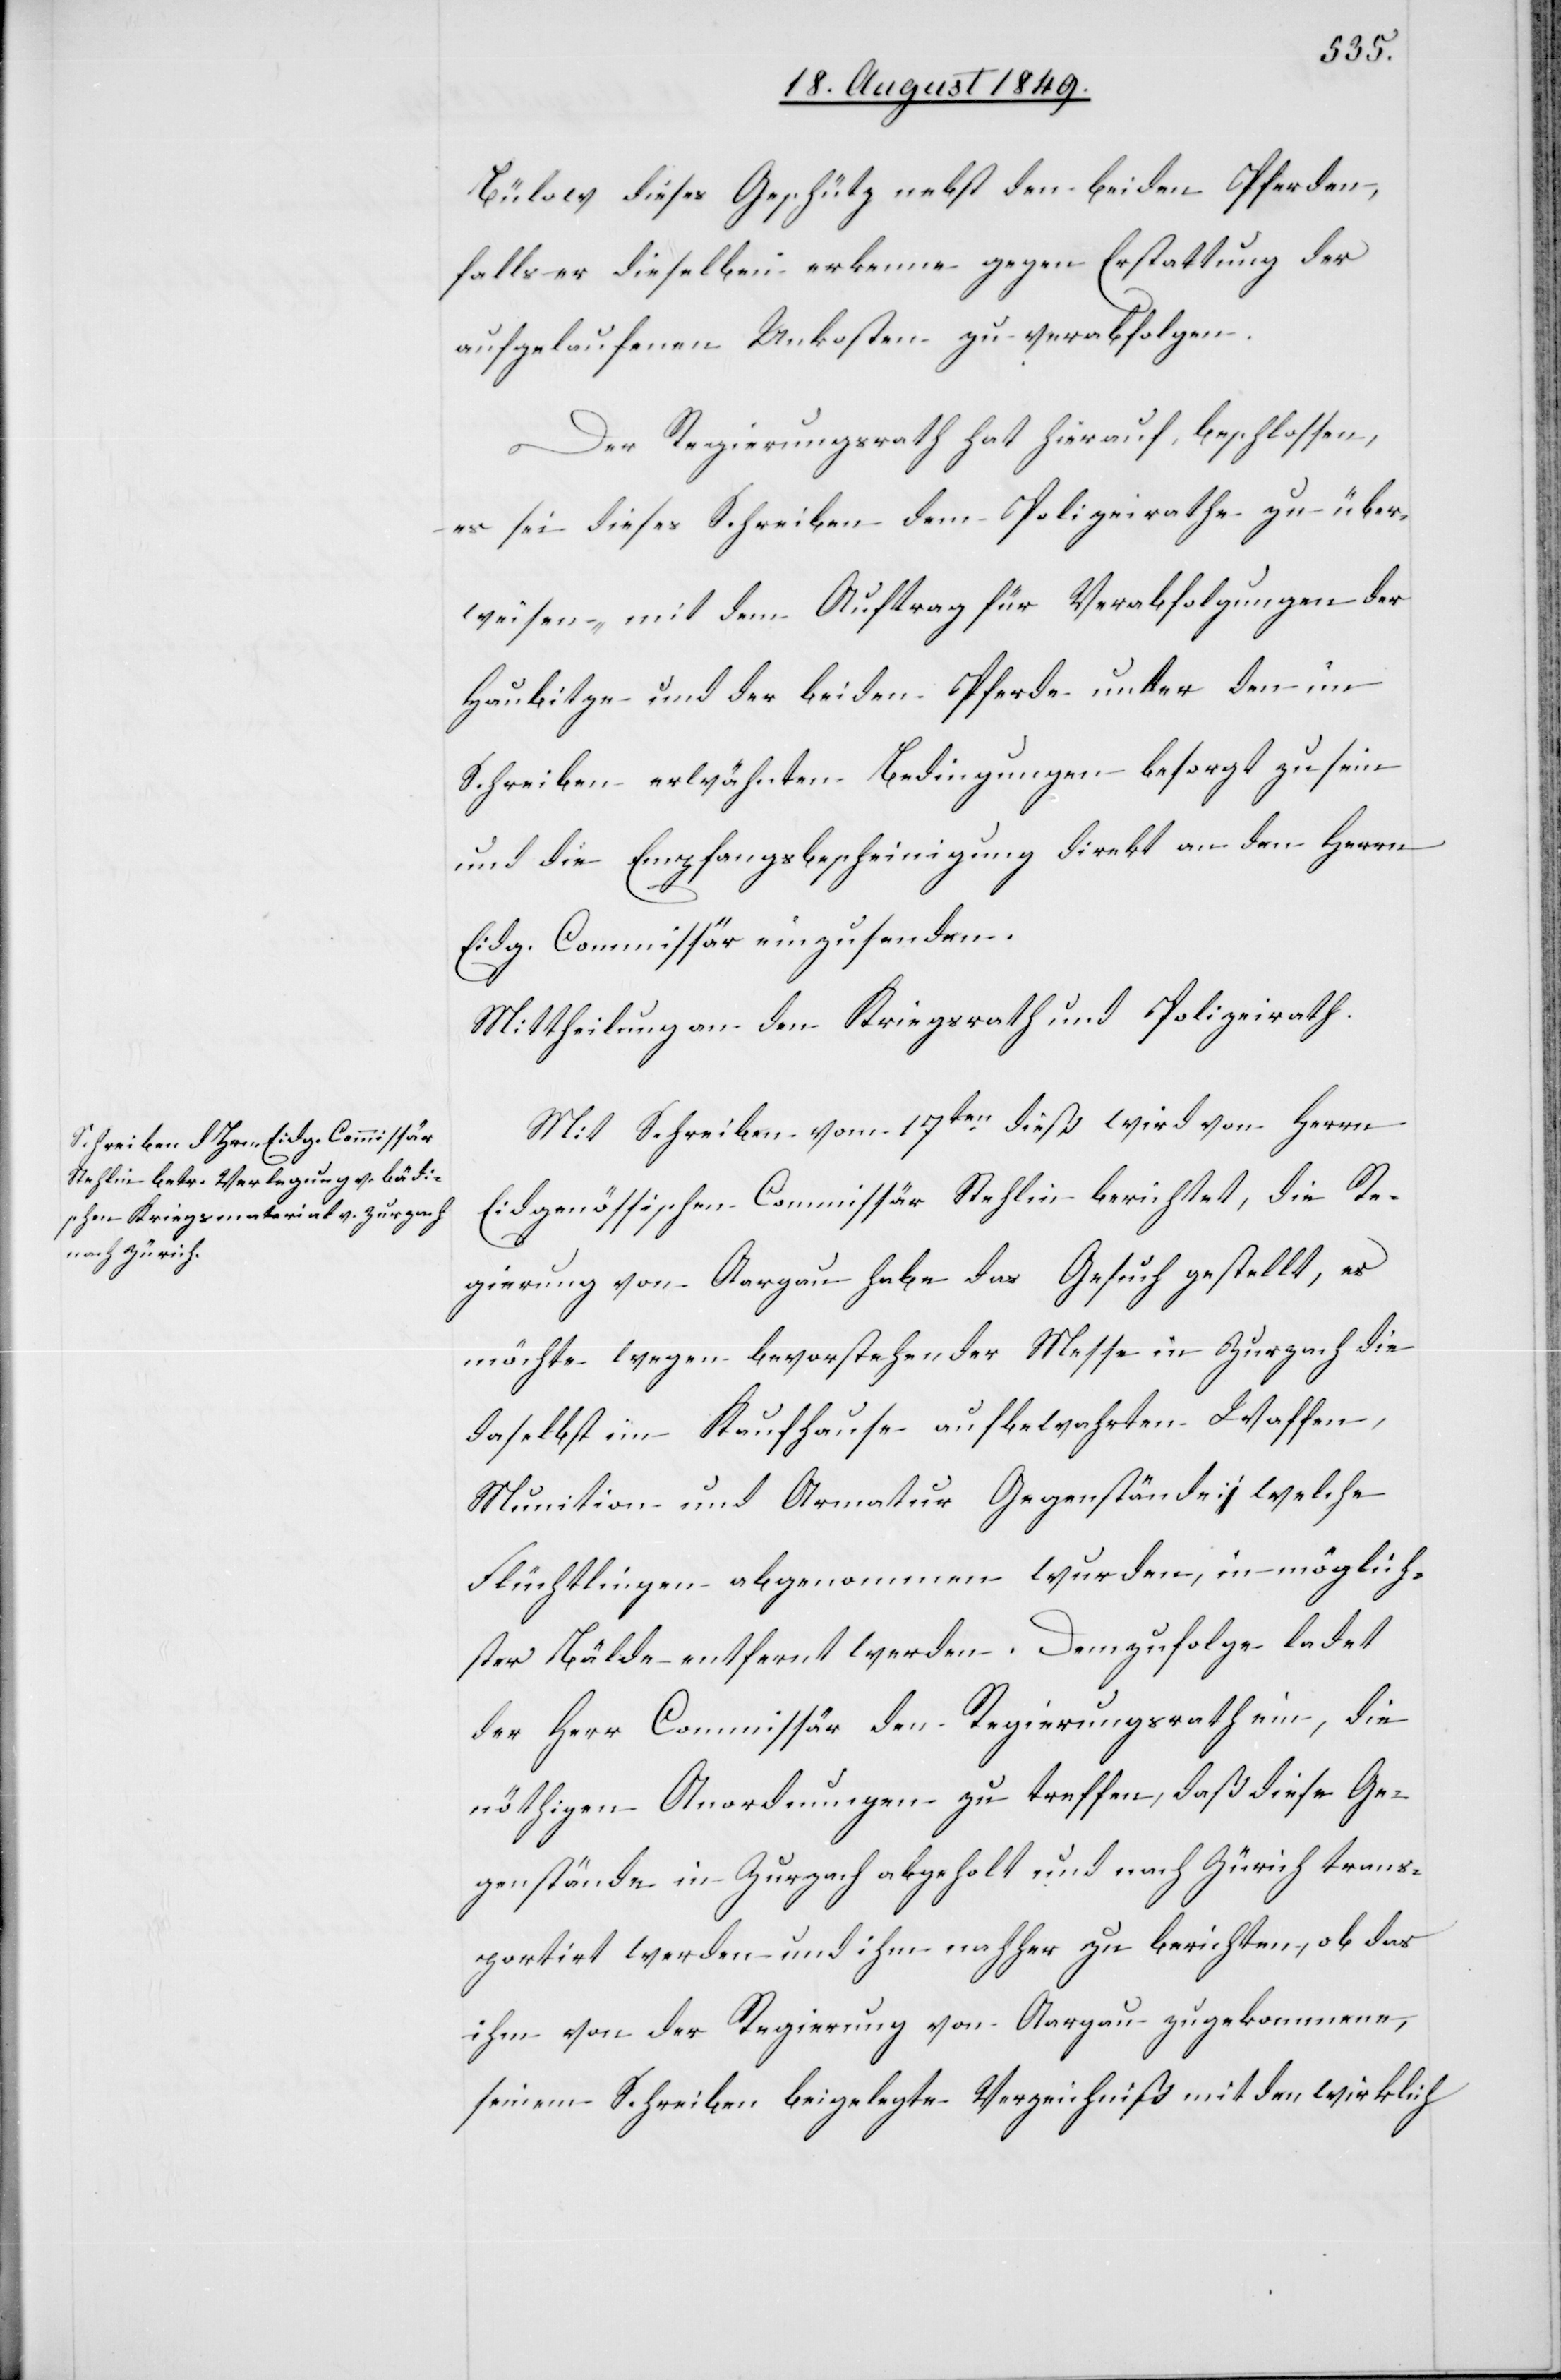
Bülow dieses Geschütz nebst den beiden Pferden,
falls er dieselben erkenne gegen Erstattung der
aufgelaufenen Unkosten zu verabfolgen.
Der Regierungsrath hat hierauf beschlossen,
es sei dieses Schreiben dem Polizeirathe zu über¬
weisen, mit dem Auftrag für Verabfolgungen der
Haubitze und der beiden Pferde unter den im
Schreiben erwähnten Bedingungen besorgt zu sein
und die Empfangsbescheinigung direkt an den Herrn
Eidg. Commissär einzusenden.
Mittheilung an den Kriegsrath und Polizeirath.
Mit Schreiben vom 17ten dieß wird von Herrn
Eidgenössischen Commissär Stehlin berichtet, die Re¬
gierung von Aargau habe das Gesuch gestellt, es
möchte[n] wegen bevorstehender Messe in Zurzach die
daselbst im Kaufhause aufbewahrten Waffen,
Munition und Armatur Gegenstände, welche
Flüchtlingen abgenommen wurden, in möglich¬
ster Bälde entfernt werden. Demzufolge ladet
der Herr Commissär den Regierungsrath ein, die
nöthigen Anordnungen zu treffen, daß diese Ge¬
genstände in Zurzach abgeholt und nach Zürich trans¬
portirt werden und ihm nachher zu berichten, ob das
ihm von der Regierung von Aargau zugekommene,
seinem Schreiben beigelegte Verzeichniß mit den wirklich